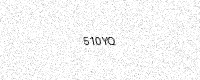
Text: 510YQ